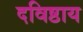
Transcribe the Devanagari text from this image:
दविष्ठाय